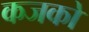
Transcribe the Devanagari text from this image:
कजको